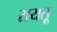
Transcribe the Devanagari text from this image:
रायतू